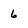
Character: 6